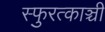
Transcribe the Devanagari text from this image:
स्फुरत्काञ्ची